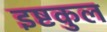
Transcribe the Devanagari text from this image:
इष्टकुल